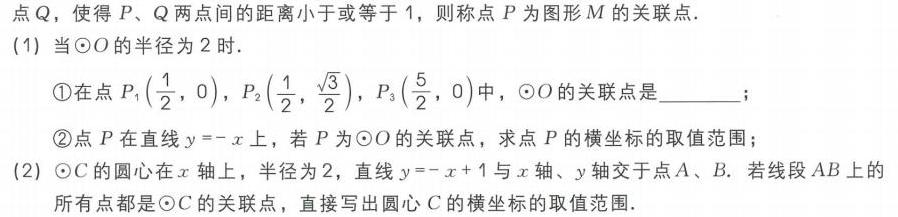
点\(Q\)，使得\(P\)、\(Q\)两点间的距离小于或等于\(1\)，则称点\(P\)为图形\(M\)的关联点.
(1) 当\(\odot O\)的半径为\(2\)时.
    \textcircled{1}在点\(P_{1}(\dfrac{1}{2},0)\)，\(P_{2}(\dfrac{1}{2},\dfrac{\sqrt{3}}{2})\)，\(P_{3}(\dfrac{5}{2},0)\)中，\(\odot O\)的关联点是  ；
    \textcircled{2}点\(P\)在直线\(y = -x\)上，若\(P\)为\(\odot O\)的关联点，求点\(P\)的横坐标的取值范围；
(2) \(\odot C\)的圆心在\(x\)轴上，半径为\(2\)，直线\(y=-x + 1\)与\(x\)轴、\(y\)轴交于点\(A\)、\(B\). 若线段\(AB\)上的所有点都是\(\odot C\)的关联点，直接写出圆心\(C\)的横坐标的取值范围.